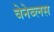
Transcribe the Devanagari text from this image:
वेनेब्लस